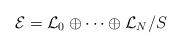
LaTeX: \begin{align*} \mathcal{E} = \mathcal{L}_0 \oplus \cdots \oplus \mathcal{L}_N / S \end{align*}